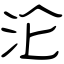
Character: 沦